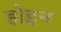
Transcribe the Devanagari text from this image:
होइन